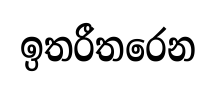
ඉතරීතරෙන